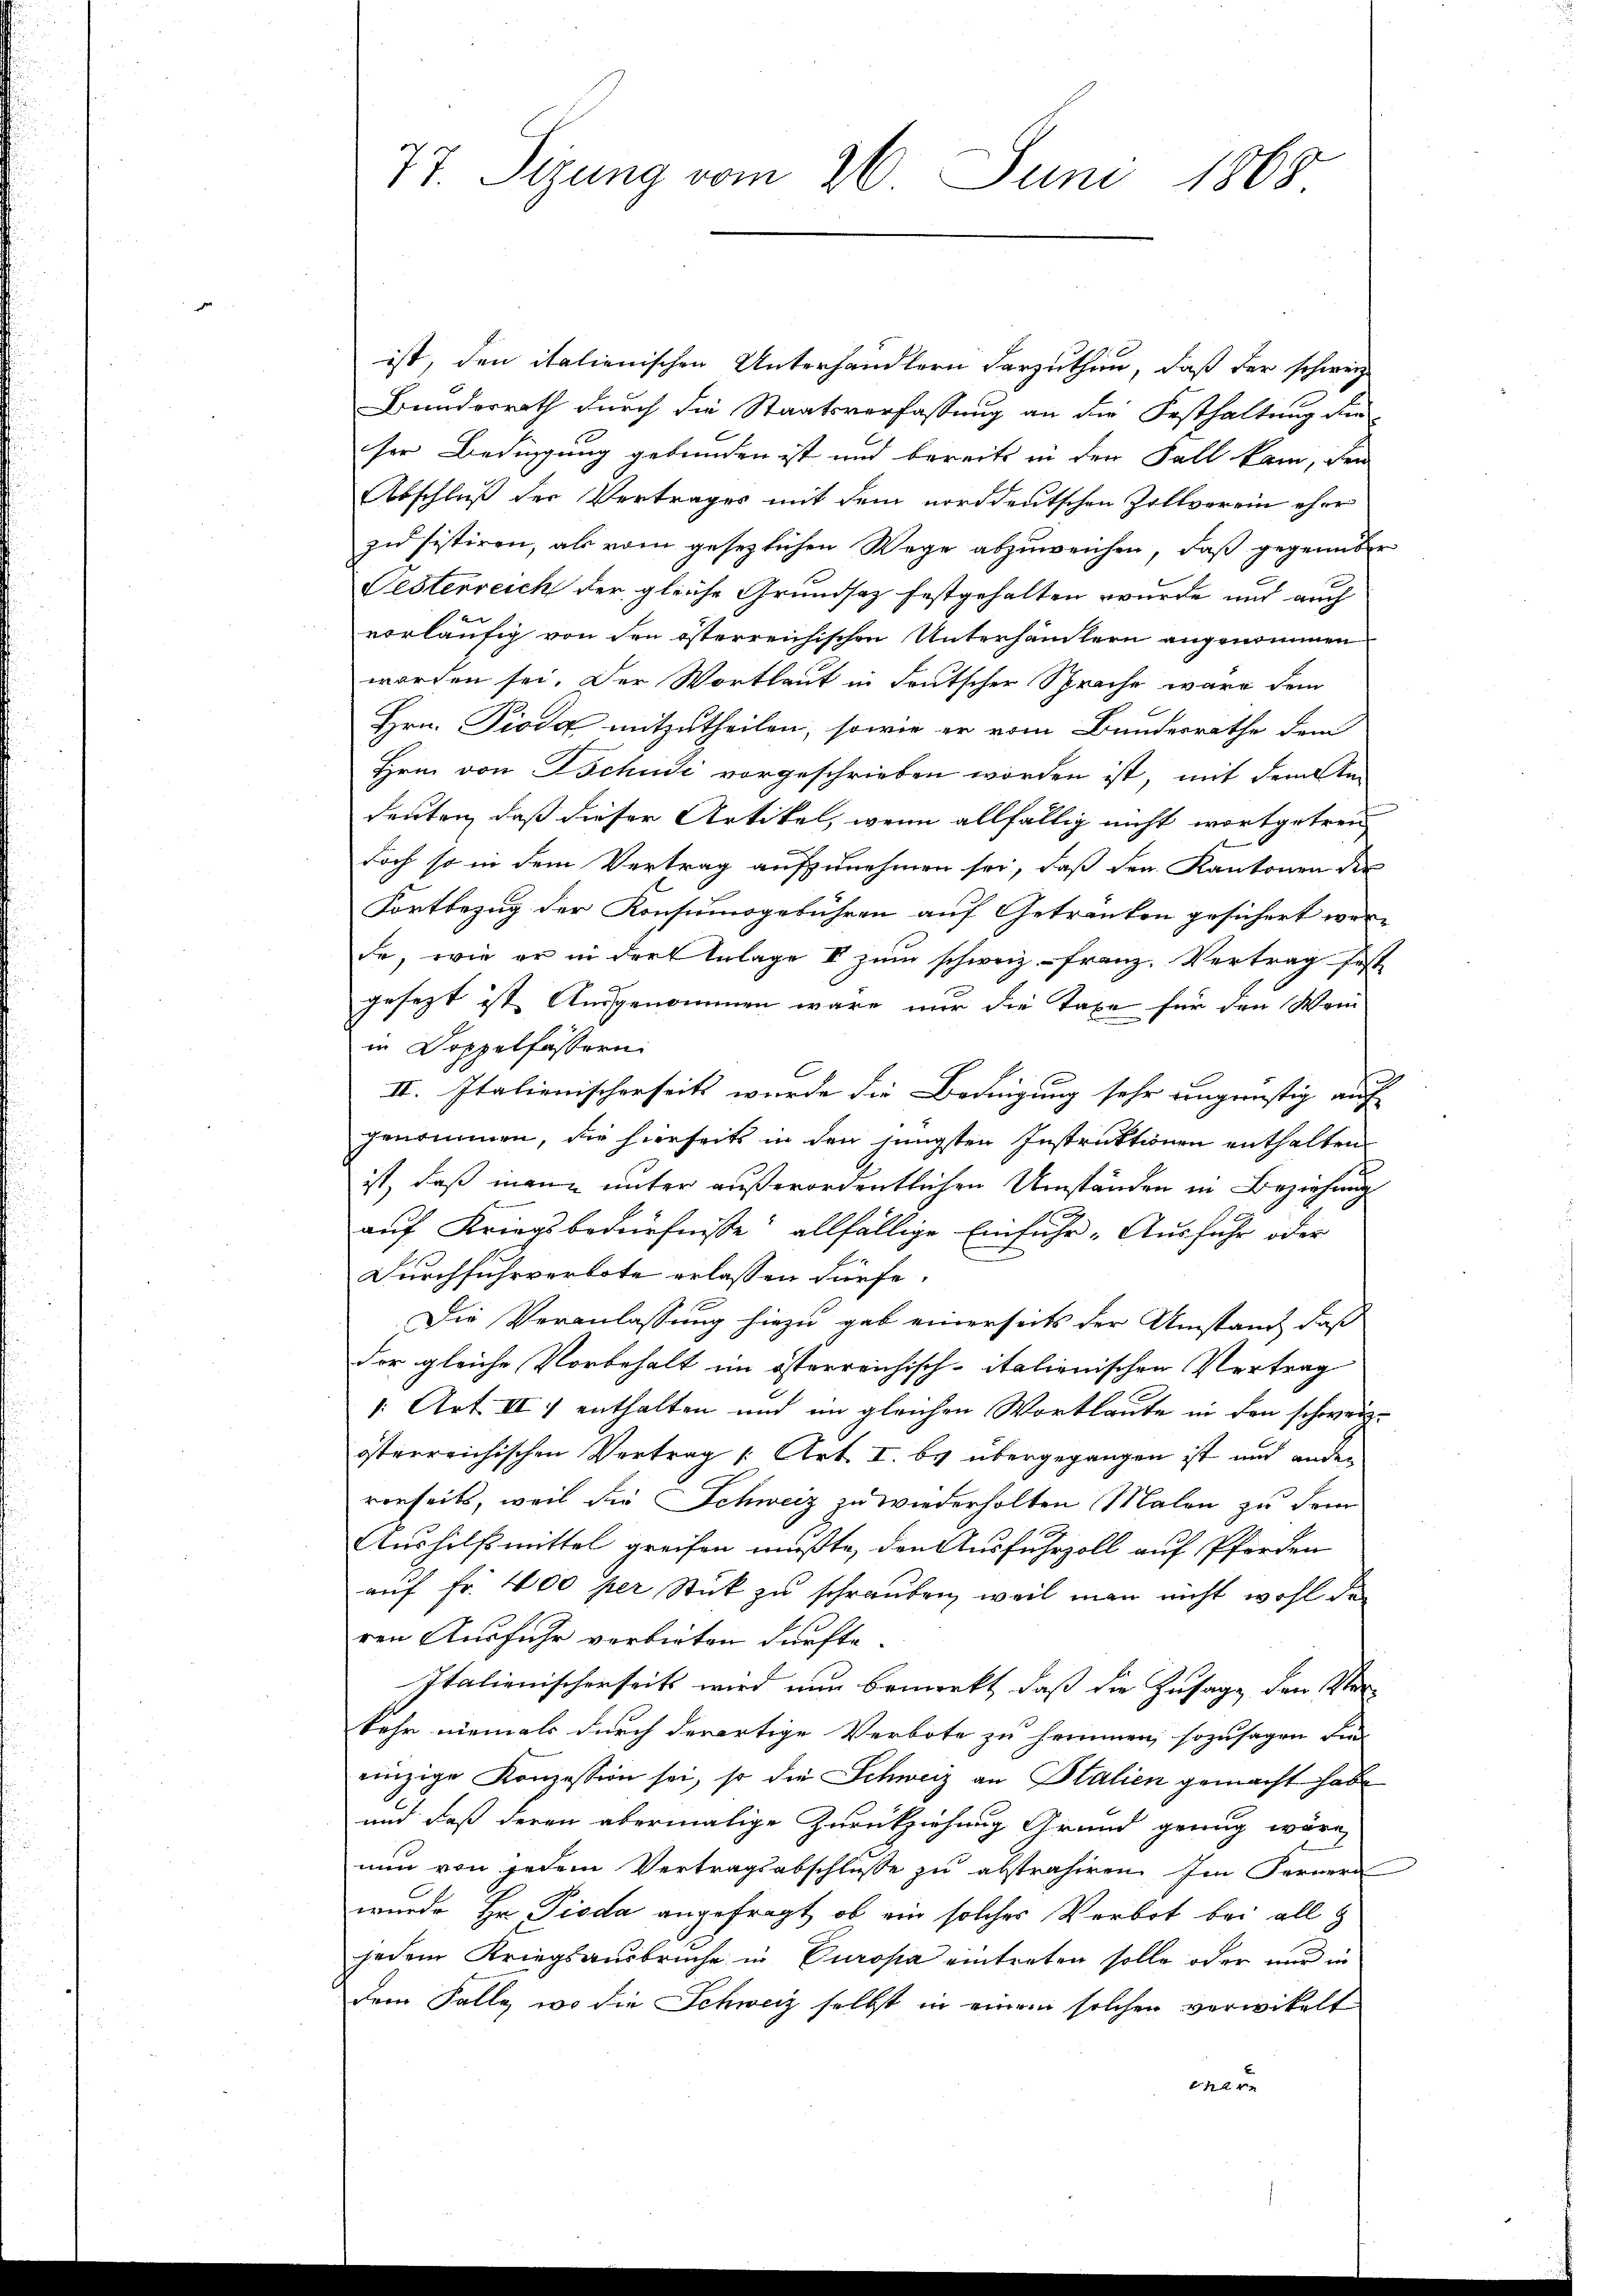
ist, den italienischen Unterhandlern darzuthun, daß der schweiz
Bunderrath durch die Staatsverfassung an die Festhaltung die
ser Bedingung gebunden ist und bereits in den Fall kam, den
Abschluß der Vertrages mit dem norddeutschen Zollverein eher
zu sistiren, als vom gesezlichen Wege abzuweichen, daß gegenüber
Jesterreich der gleiche Grundsaz festgehalten wurde und auch
vorläufig von den österreichischen Unterhändlern angenommen
worden sei. Der Wortlaut in deutscher Sprache wäre dem
Hrn. Pioda mitzutheilen, sowie er vom Bundesrathe dem
Hrn. von Tschudi vorgeschrieben worden ist, mit dem Am
deuten, daß dieser Artikel, wenn allfällig nicht wortgetreu
doch so in dem Vertrag aufzunehmen sei, daß den Kantonen der
Fortbezug der Konsumsgebühren auf Getranken gesichert wer-
de, wie er in der Anlage II zum schweiz.- Franz. Vertrag fest
gesezt ist Ausgenommen wäre nur die Taxe für den Wei
in Doppelfässern.
r
II. Italienischerseits wurde die Bedingung sehr eingünstig auf
genommen, die hierseits in den jüngsten Instruktionen enthalten.
ist, daß mann unter außerordentlichen Umständen in Beziehung
auf Kriegsbedürfnisse allfällige Einfuhr - Ausfuhr oder
Durchfuhrverbote erlassen dürfe.
Die Veranlassung hiezu gab einerseits der Umstand, daß
der gleiche Vorbehalt im österreichisch-italienischen Vertrag
1: Art. II. enthalten und im gleichen Wortlaute in den schweiz.
österreichischen Vertrag [Art. I. bis übergegangen ist und ander
rerseits, weil die Schweiz zu wiederholten Malen zu dem
Aushilfsmittel greifen mußte, den Ausfuhrzoll auf Pferden
auf Fr. 400 per Stück zu schrauben, weil man nicht wohl der
ren Ausfuhr verbieten dürfte.
Italienischerseits wird nun bemerkt, daß die Zusage den Ver-
kehr niemals durch derartige Verbote zu hommen, sozusagen die- |
einzige Konzession sei, so die Schweiz an Stalien gemacht habe
und daß deren abermalige Zurückziehung Grund genug wäre,
nun von jedem Vertragsabschlusse zu abstrahiren. Im Fernern
wurde Hr. Pioda angefragt, ob ein solches Verbot bei allg
jedem Kriegsausbruche in Europa eintreten solle oder nur in
dem Falle, wo die Schweiz selbst in einem solchen verwickelt
r

77. Sizung vom 26. Juni 1868